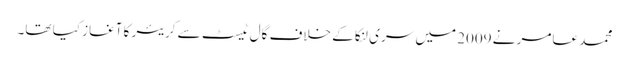
محمد عامر نے 2009 میں سری لنکا کے خلاف گال ٹیسٹ سے کریئر کا آغاز کیا تھا۔